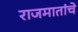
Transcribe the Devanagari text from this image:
राजमातांचे